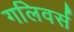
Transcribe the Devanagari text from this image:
गलिवर्स